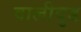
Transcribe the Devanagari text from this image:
वालीवुड